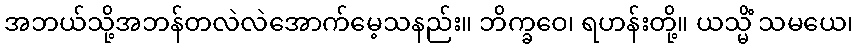
အဘယ်သို့အဘန်တလဲလဲအောက်မေ့သနည်း။ ဘိက္ခဝေ၊ ရဟန်းတို့။ ယသ္မိံ သမယေ၊